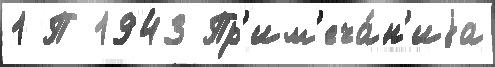
1 П 1943 Пр'им'еча́н'иjа